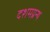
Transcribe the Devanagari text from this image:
दशमग्रन्थ